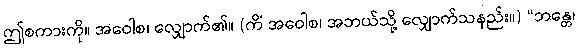
ဤစကားကို။ အဝေါစ၊ လျှောက်၏။ (ကိံ အဝေါစ၊ အဘယ်သို့ လျှောက်သနည်း။) “ဘန္တေ၊